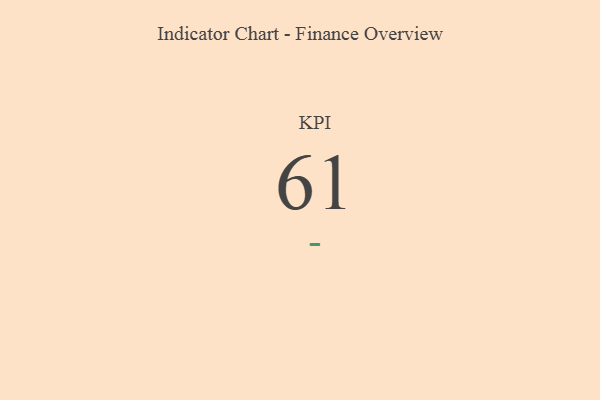
{"axis": {"x": "KPI", "y": "Value"}, "legend": [""], "data": [{"x": "KPI", "y": 61, "type": ""}]}